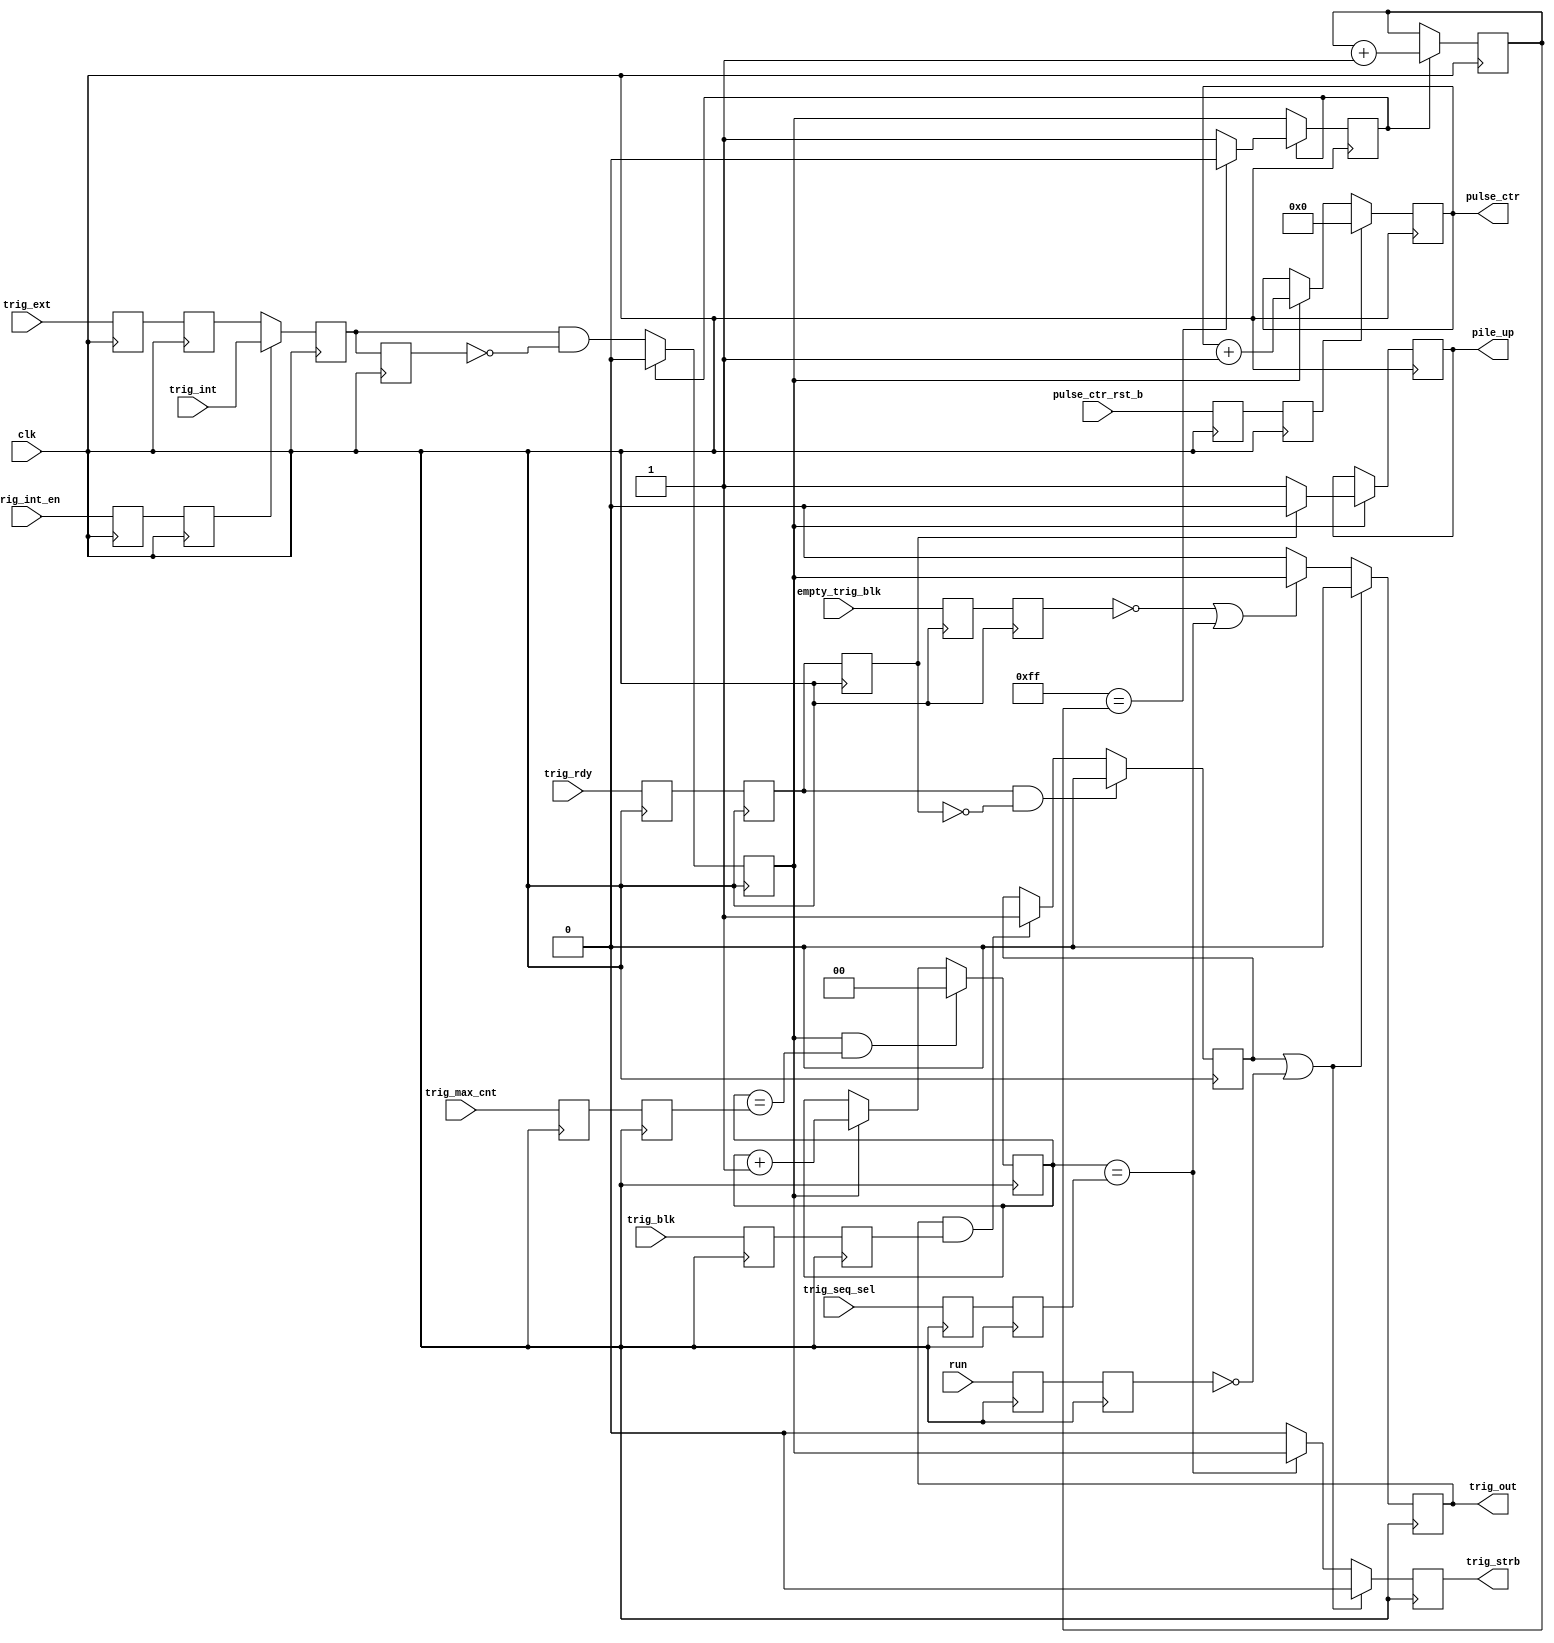
module trigger_divider(
    input clk,
    input trig_ext,
	 input trig_int,
	 input trig_int_en,
	 input empty_trig_blk,
	 input trig_blk,
    input [1:0] trig_max_cnt,
    input [1:0] trig_seq_sel,
	 input pulse_ctr_rst_b,
	 input run,
	 input trig_rdy,
    output reg trig_out = 1'b0,
	//output reg trig_strb
	 output reg trig_strb = 1'b0,
	 output reg [5:0] pulse_ctr = 6'd0,
	 output reg pile_up
    );
// Input trigger and signals from UART are all async
(* ASYNC_REG = "TRUE" *) reg trig_blk_a = 1'b0, trig_blk_b = 1'b0;
(* ASYNC_REG = "TRUE" *) reg empty_trig_blk_a = 1'b0, empty_trig_blk_b = 1'b0;
(* IOB = "TRUE" *) reg trig_a = 1'b0;
(* ASYNC_REG = "TRUE" *) reg trig_b = 1'b0, trig_c = 1'b0;
reg trig_d = 1'b0;
(* ASYNC_REG = "TRUE" *) reg [1:0] trig_max_cnt_a = 2'd0, trig_max_cnt_b = 2'd0;
(* ASYNC_REG = "TRUE" *) reg [1:0] trig_seq_sel_a= 2'd0, trig_seq_sel_b = 2'd0;
(* ASYNC_REG = "TRUE" *) reg trig_int_en_a = 1'b0, trig_int_en_b = 1'b0;
(* ASYNC_REG = "TRUE" *) reg pulse_ctr_rst= 1'b0, pulse_ctr_rst_a = 1'b0;
wire trig_mux = (trig_int_en_b) ? trig_int : trig_b;
(* ASYNC_REG = "TRUE" *) reg trig_rdy_a= 1'b0, trig_rdy_b = 1'b0;
reg trig_rdy_c= 1'b0;
(* ASYNC_REG = "TRUE" *) reg run_a = 1'b0, run_b  = 1'b0;
reg blocked = 1'b0;
//wire unblock;
//wire trig_edge;
reg trig_edge = 1'b0;
`define TRIG_DISARM
reg disarm = 1'b0;
`ifdef TRIG_DISARM // dis-arm trigger for ~700 ns following trigger edge
	localparam DISARM_TC = 8'd255;
	reg [7:0] trig_arm_ctr = 8'd0;
	always @(posedge clk) begin
		if (disarm) begin
			trig_arm_ctr <= trig_arm_ctr + 1'b1;
			disarm <= (DISARM_TC == trig_arm_ctr) ? 1'b0 : disarm;
		end else begin
			trig_arm_ctr <= trig_arm_ctr;
			disarm <= trig_edge;
		end
	end
`endif
always @(posedge clk) begin
	run_a <= run;
	run_b <= run_a; //OK for logic
	trig_rdy_a <= trig_rdy;
	trig_rdy_b <= trig_rdy_a; // OK for logic
	trig_rdy_c <= trig_rdy_b; //back end
	//trig_rdy_d <= trig_rdy_c;
	trig_int_en_a <= trig_int_en;
	trig_int_en_b <= trig_int_en_a;
	trig_blk_a <= trig_blk;
	trig_blk_b <= trig_blk_a;
	empty_trig_blk_a <= empty_trig_blk;
	empty_trig_blk_b <= empty_trig_blk_a;
	trig_a <= trig_ext;
	trig_b <= trig_a;
	trig_c <= trig_mux; //can be used in logical expressions
	trig_d <= trig_c; //back end
	trig_max_cnt_a <= trig_max_cnt;
	trig_max_cnt_b <= trig_max_cnt_a;
	trig_seq_sel_a <= trig_seq_sel;
	trig_seq_sel_b <= trig_seq_sel_a;
end
//trigger counter
reg [1:0] trig_ctr = 2'd0;
always @(posedge clk) begin
	if (trig_edge && (trig_ctr==trig_max_cnt_b)) trig_ctr <= 0;
	else if (trig_edge) trig_ctr <= trig_ctr + 1'b1;
	else trig_ctr <= trig_ctr;
	//if ((trig_blk_b) begin
	if (blocked || ~run_b) begin
		trig_strb <= 1'b0;
		trig_out <= 1'b0;
		end
	else begin
		//trig_strb <= (trig_ctr==trig_seq_sel_b) ? 1'b1 : 1'b0; //signal to send to FB/FF loops - always just the real data
		trig_strb <= (trig_ctr==trig_seq_sel_b) ? trig_edge : 1'b0; //signal to send to FB/FF loops - always just the real data
		//if (~empty_trig_blk_b || trig_ctr==trig_seq_sel_b) trig_out <= trig_edge; // send trig on to DAQ
		//else trig_out <= 1'b0;
		trig_out <= (~empty_trig_blk_b || trig_ctr==trig_seq_sel_b) ? trig_edge : 1'b0; // send trig on to DAQ
		end
//	if (trig_out) blocked <= 1'b1;
//	else if (trig_rdy_b && ~trig_rdy_c) blocked <= 1'b0;
//	else blocked <= blocked;
	if (trig_rdy_b & ~trig_rdy_c) blocked <= 1'b0;
	//if (unblock) blocked <= 1'b0;
	else if (trig_out && trig_blk_b) blocked <= 1'b1;
	else blocked <= blocked;
end
//wire trig_rdy_
//assign trig_edge = (disarm) ? 1'b0: trig_c & ~trig_d;
//assign unblock = trig_rdy_c & ~ trig_rdy_d;
//pulse counter
always @(posedge clk) begin
	trig_edge <= (disarm) ? 1'b0 : trig_c & ~trig_d;
	// NB pile_up needs re-writing - logic for blocked and pile_up should be the same
	if (trig_edge) pile_up <= (trig_rdy_c) ? 1'b0 : 1'b1;
	else pile_up <= pile_up;
	pulse_ctr_rst <= pulse_ctr_rst_a;
	pulse_ctr_rst_a <= pulse_ctr_rst_b;
	if (pulse_ctr_rst) pulse_ctr <= 6'd0;
	else if (trig_edge) pulse_ctr <= pulse_ctr + 1'b1;
	else pulse_ctr <= pulse_ctr;
	end
endmodule